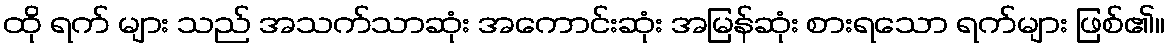
ထို ရက် များ သည် အသက်သာဆုံး အကောင်းဆုံး အမြန်ဆုံး စားရသော ရက်များ ဖြစ်၏။